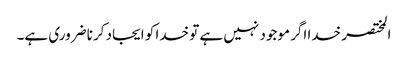
المختصر خدا اگر موجود نہیں ہے تو خدا کو ایجاد کرنا ضروری ہے۔